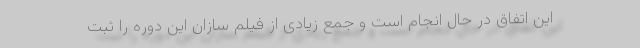
این اتفاق در حال انجام است و جمع زیادی از فیلم سازان این دوره را ثبت